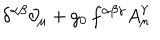
LaTeX: \delta ^ { \alpha \beta } \partial _ { \mu } + g _ { 0 } \, f ^ { \alpha \beta \gamma } A _ { \mu } ^ { \gamma }